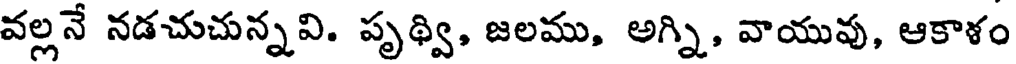
వల్లనే నడచుచున్నవి. పృథ్వి, జలము, అగ్ని, వాయువు, ఆకాళం